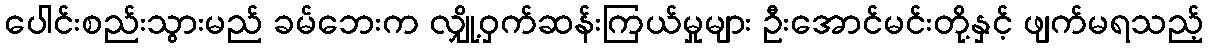
ပေါင်းစည်းသွားမည် ခမ်ဘေးက လျှို့ဝှက်ဆန်းကြယ်မှုများ ဦးအောင်မင်းတို့နှင့် ဖျက်မရသည့်